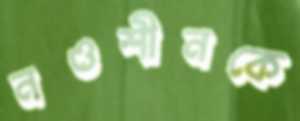
নওশীনকে